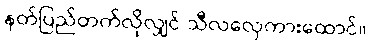
နတ်ပြည်တက်လိုလျှင် သီလလှေကားထောင်။